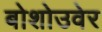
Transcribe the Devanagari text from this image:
बोशोउवेर